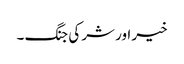
خیر اور شر کی جنگ ۔